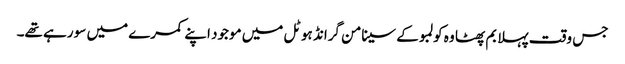
جس وقت پہلا بم پھٹا وہ کولمبو کے سینامن گرانڈ ہوٹل میں موجود اپنے کمرے میں سو رہے تھے۔